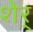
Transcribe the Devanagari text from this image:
शेर्